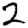
Digit: 2